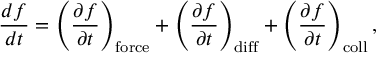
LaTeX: { \frac { d f } { d t } } = \left( { \frac { \partial f } { \partial t } } \right) _ { \mathrm { f o r c e } } + \left( { \frac { \partial f } { \partial t } } \right) _ { \mathrm { d i f f } } + \left( { \frac { \partial f } { \partial t } } \right) _ { \mathrm { c o l l } } ,